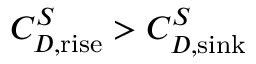
C _ { D , \mathrm { r i s e } } ^ { S } > C _ { D , \mathrm { s i n k } } ^ { S }